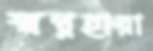
স্বপ্নহারা